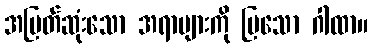
အမြတ်ဆုံးသော အရာများကို ပြသော ဂါထာ။